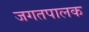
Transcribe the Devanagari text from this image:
जगतपालक